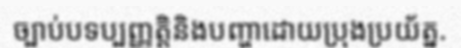
ច្បាប់បទប្បញ្ញត្តិនិងបញ្ហាដោយប្រុងប្រយ័ត្ន.